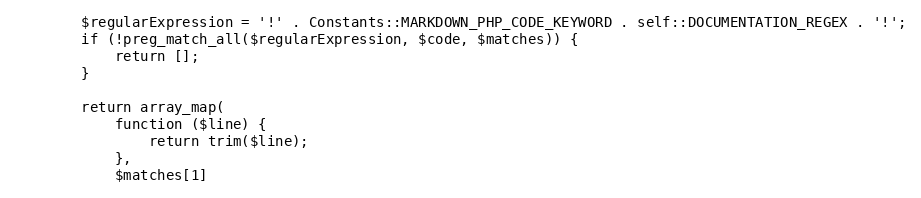
Language: PHP
        $regularExpression = '!' . Constants::MARKDOWN_PHP_CODE_KEYWORD . self::DOCUMENTATION_REGEX . '!';
        if (!preg_match_all($regularExpression, $code, $matches)) {
            return [];
        }

        return array_map(
            function ($line) {
                return trim($line);
            },
            $matches[1]